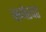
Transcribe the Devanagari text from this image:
व्ख्मेरवर